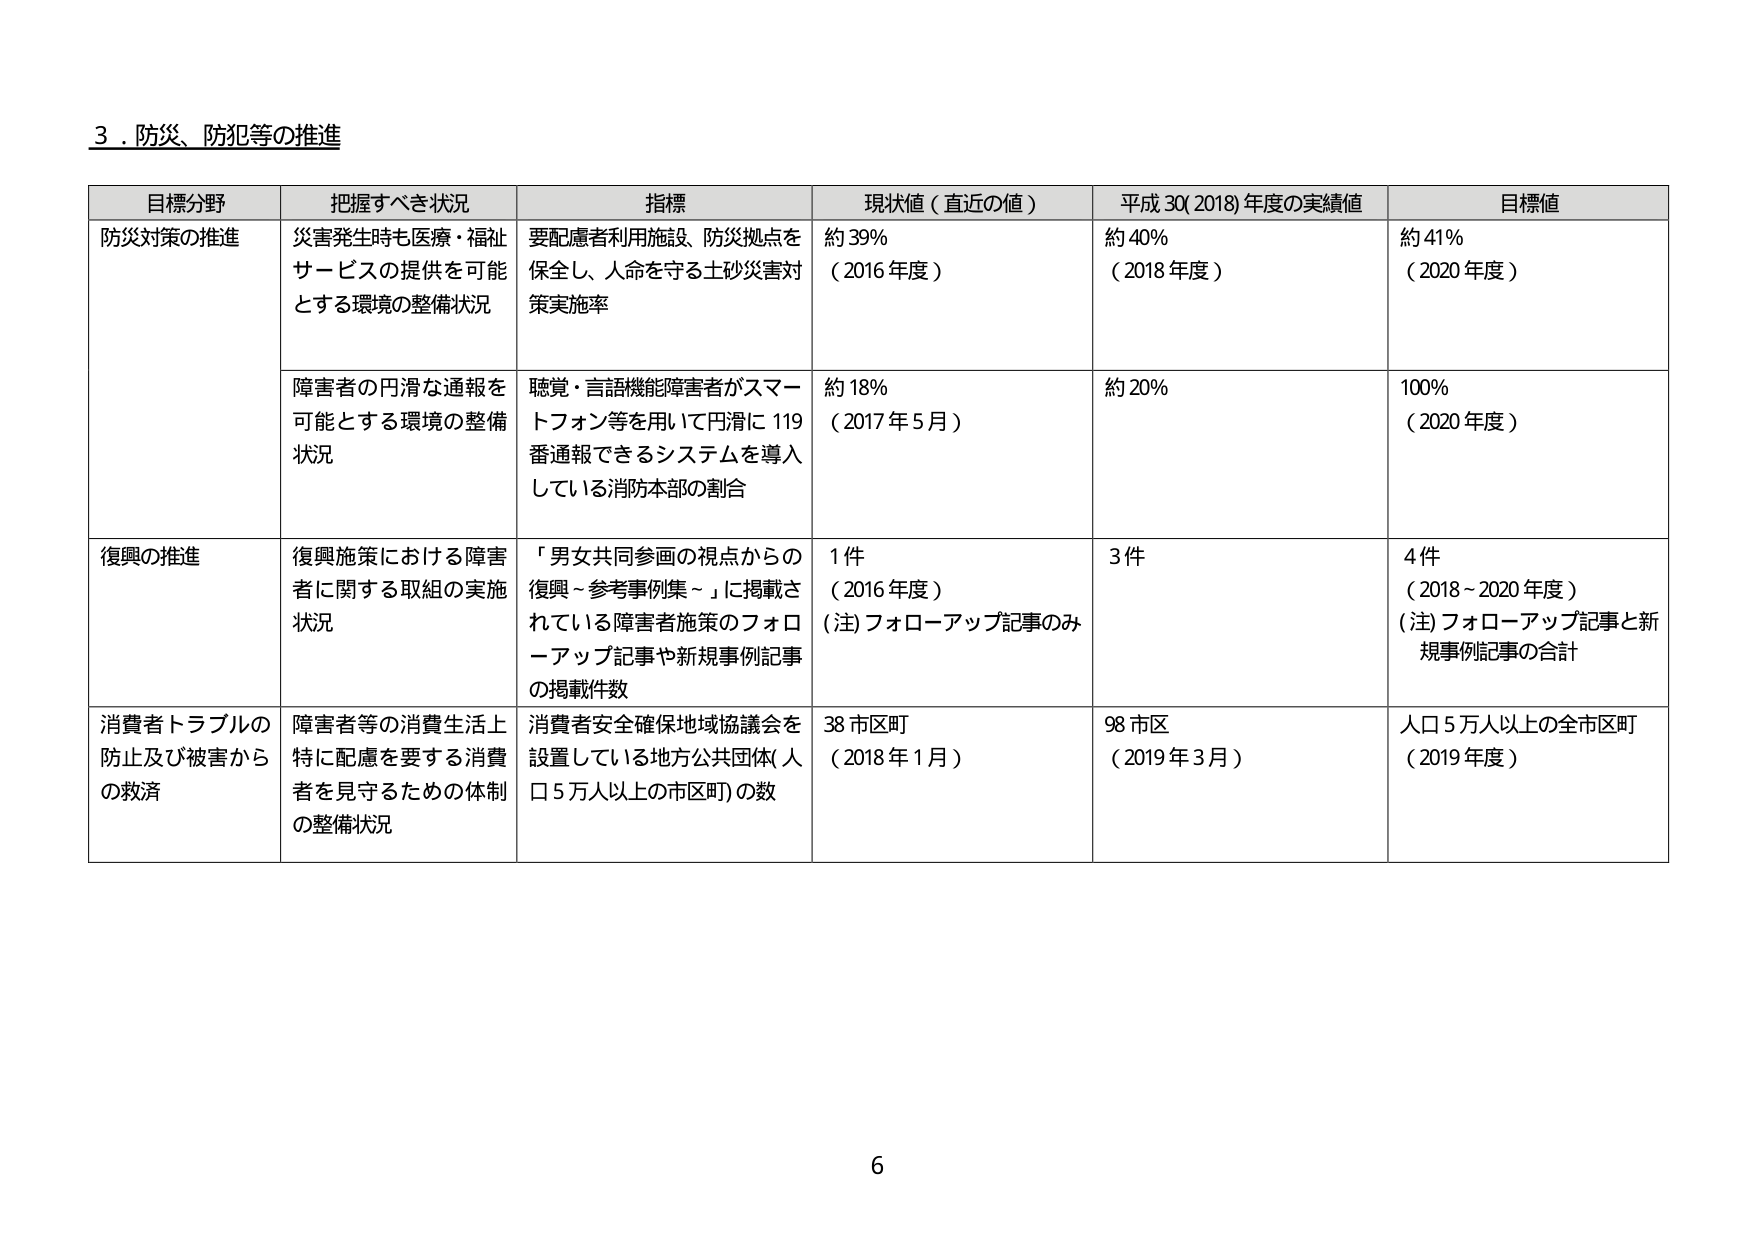
3．防災、防犯等の推進

目標分野	把握すべき状況	指標	現状値（直近の値）	平成30(2018)年度の実績値	目標値
防災対策の推進	災害発生時も医療・福祉サービスの提供を可能とする環境の整備状況	要配慮者利用施設、防災拠点を保全し、人命を守る土砂災害対策実施率	約39%（2016年度）	約40%（2018年度）	約41%（2020年度）
	障害者の円滑な通報を可能とする環境の整備状況	聴覚・言語機能障害者がスマートフォン等を用いて円滑に119番通報できるシステムを導入している消防本部の割合	約18%（2017年5月）	約20%	100%（2020年度）
復興の推進	復興施策における障害者に関する取組の実施状況	「男女共同参画の視点からの復興～参考事例集～」に掲載されている障害者施策のフォローアップ記事や新規事例記事の掲載件数	1件（2016年度）（注）フォローアップ記事のみ	3件	4件（2018～2020年度）（注）フォローアップ記事と新規事例記事の合計
消費者トラブルの防止及び被害からの救済	障害者等の消費生活上特に配慮を要する消費者を見守るための体制の整備状況	消費者安全確保地域協議会を設置している地方公共団体（人口5万人以上の市区町）の数	38市区町（2018年1月）	98市区（2019年3月）	人口5万人以上の全市区町（2019年度）

6